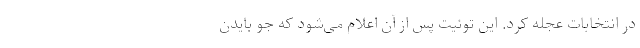
در انتخابات عجله کرد. این توئیت پس از آن اعلام می‌شود که جو بایدن